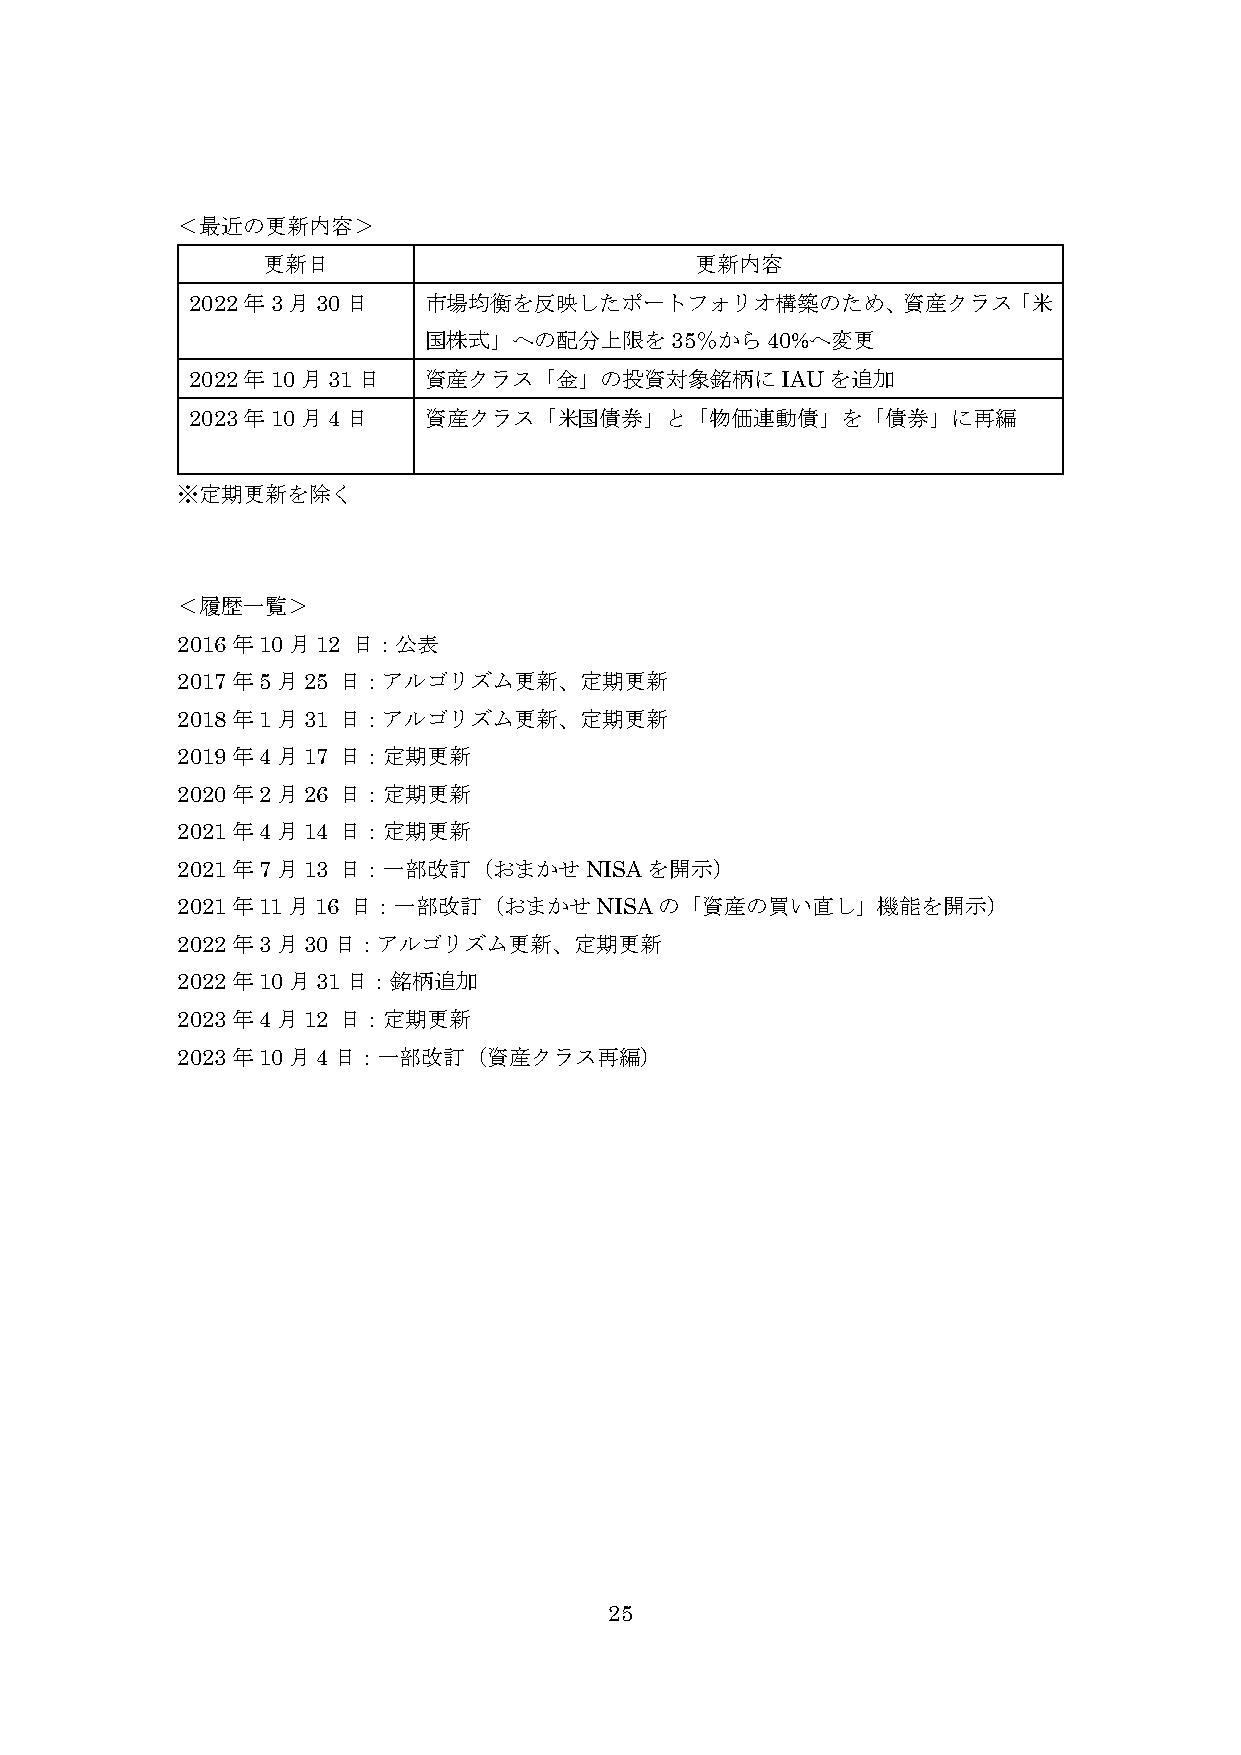
＜最近の更新内容＞
 更新日                          更新内容
 2022年3月30日     市場均衡を反映したポートフォリオ構築のため、資産クラス「米
 国株式」への配分上限を35％から40%へ変更
 2022年10月31日    資産クラス「金」の投資対象銘柄にIAUを追加
 2023年10月4日     資産クラス「米国債券」と「物価連動債」を「債券」に再編
 ※定期更新を除く
 ＜履歴一覧＞
 2016年10月12 日：公表
 2017年5月25 日：アルゴリズム更新、定期更新
 2018年1月31 日：アルゴリズム更新、定期更新
 2019年4月17 日：定期更新
 2020年2月26 日：定期更新
 2021年4月14 日：定期更新
 2021年7月13 日：一部改訂（おまかせNISAを開示）
 2021年11月16 日：一部改訂（おまかせNISAの「資産の買い直し」機能を開示）
 2022年3月30日：アルゴリズム更新、定期更新
 2022年10月31日：銘柄追加
 2023年4月12 日：定期更新
 2023年10月4日：一部改訂（資産クラス再編）
 25